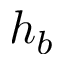
h _ { b }